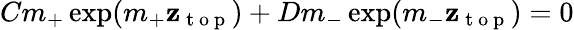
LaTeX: Cm_{+}\exp(m_{+}\mathbf{z}_{\mathrm{{~t~o~p~}}})+Dm_{-}\exp(m_{-}\mathbf{z}_{\mathrm{{~t~o~p~}}})=0